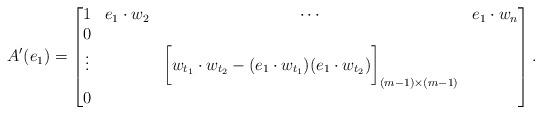
LaTeX: \begin{align*} A'(e_1)= \begin{bmatrix} 1 & e_1 \cdot w_2 & \cdots & e_1 \cdot w_n \\ 0 & & & \\ \vdots & &\bigg[w_{t_1} \cdot w_{t_2} - (e_1 \cdot w_{t_1})(e_1 \cdot w_{t_2})\bigg] _{ ( m-1) \times (m-1)}& \\ 0 & & & \end{bmatrix} . \end{align*}